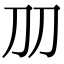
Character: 𠚪